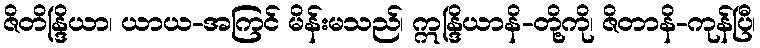
ဇိတိန္ဒြိယာ၊ ယာယ-အကြင် မိန်းမသည်၊ ဣန္ဒြိယာနိ-တို့ကို၊ ဇိတာနိ-ကုန်ပြီ၊